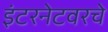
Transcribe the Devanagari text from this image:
इंटरनेटवरचे